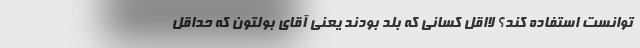
توانست استفاده کند؟ لااقل کسانی که بلد بودند یعنی آقای بولتون که حداقل